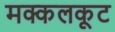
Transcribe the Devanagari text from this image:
मक्कलकूट